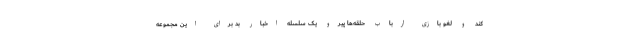
کند و لغو بازی ارباب حلقه‌ها پیرو یک سلسله اخبار بد برای این مجموعه